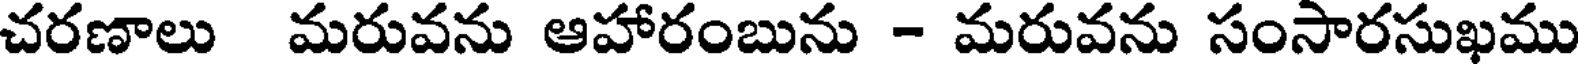
చరణాలు మరువను ఆహారంబును - మరువను సంసారసుఖము